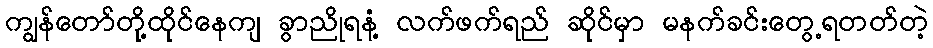
ကျွန်တော်တို့ထိုင်နေကျ ခွာညိုရနံ့ လက်ဖက်ရည် ဆိုင်မှာ မနက်ခင်းတွေ့ရတတ်တဲ့